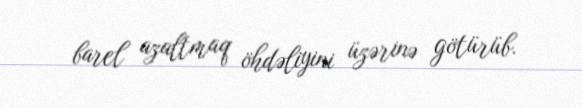
barel azaltmaq öhdəliyini üzərinə götürüb.